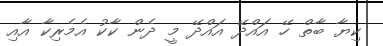
ކިޔާ ބާތް ހޭ އައްދޭ އައްދޭ މީ ދެން ކާކު އެމެރިކާ އާއި